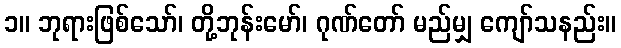
၁။ ဘုရားဖြစ်သော်၊ တို့ဘုန်းမော်၊ ဂုဏ်တော် မည်မျှ ကျော်သနည်း။